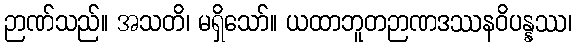
ဉာဏ်သည်။ အသတိ၊ မရှိသော်။ ယထာဘူတဉာဏဒဿနဝိပန္နဿ၊